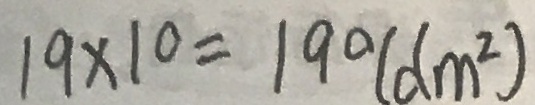
1 9 \times 1 0 = 1 9 0 ( d m ^ { 2 } )